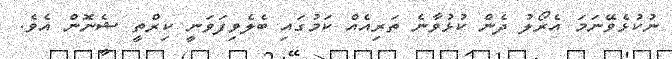
ނުކުޅެވޭނަމަ އެރޯލު ދެން ކުޅުވާނެ ތަރިއެއް ކަމުގައި ބެލެވިފަވަނީ ކިރްތީ ޝެނޮން އެވެ.